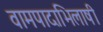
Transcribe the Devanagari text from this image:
वामपादाभिलाषी